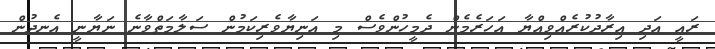
ރައީ އަދި އިރާދުކުރެއްވިއްޔާ އަހަރެމެން ދެމީހުންވެސް މި އަނިޔާވެރިކަމުން ސަލާމަތްވާނެ ނަޔާނީ އެނދުން